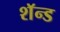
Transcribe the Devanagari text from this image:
शॅन्ड